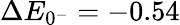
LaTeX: \Delta E_{0^{-}}=-0.54